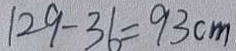
1 2 9 - 3 6 = 9 3 c m